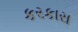
કરકારા